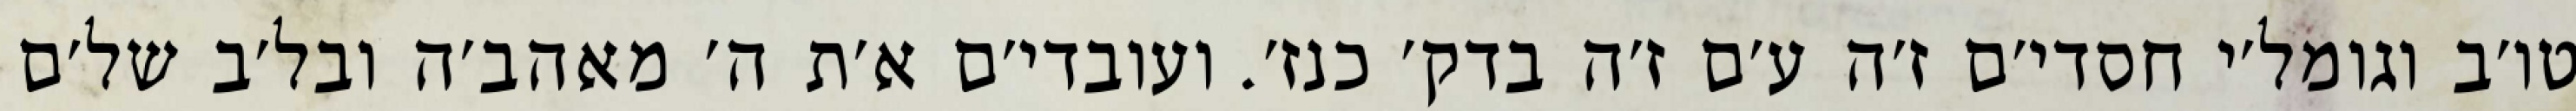
טו׳ב וגומל׳י חסדי׳ם ז׳ה ע׳ם ז׳ה בדק׳ כנז׳. ועובדי׳ם א׳ת ה׳ מאהב׳ה ובל׳ב של׳ם